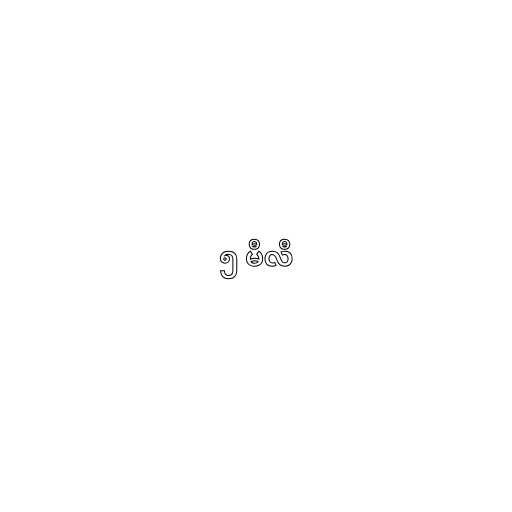
၅ မီလီ